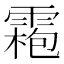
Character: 𩄃